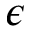
\epsilon